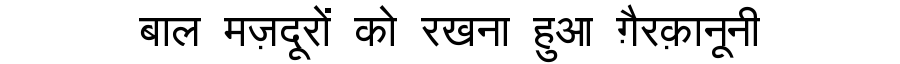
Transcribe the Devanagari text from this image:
बाल मज़दूरों को रखना हुआ ग़ैरक़ानूनी